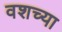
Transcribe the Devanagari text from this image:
वशच्या